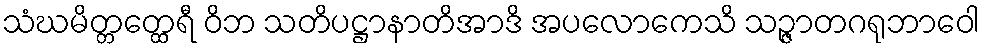
သံဃမိတ္တတ္ထေရီ ဝိဘ သတိပဋ္ဌာနာတိအာဒိ အပလောကေသိ သဉ္ဇာတဂရုဘာဝေါ